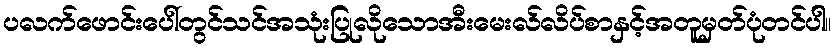
ပလက်ဖောင်းပေါ်တွင်သင်အသုံးပြုလိုသောအီးမေးလ်လိပ်စာနှင့်အတူမှတ်ပုံတင်ပါ။